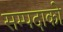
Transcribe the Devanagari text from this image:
सम्पदाको